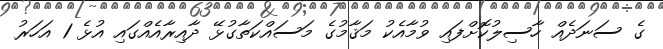
ގެ ސަނަދެއް ހާސިލުކޮށްފައި ވުމާއެކު މަޤާމުގެ މަސައްކަތާގުޅޭ ދާއިރާއެއްގައި އުޅެ 1 އަހަރު